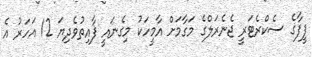
ފީފާގެ ސެކްރެޓަރީ ޖެނެރަލްގެ މަގާމަށް އާމީހަކު މިގެނައީ ފާއިތުވެދިޔަ 12 އަހަރު އެ